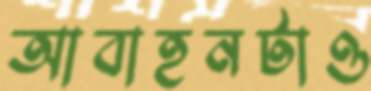
আবাহনটাও